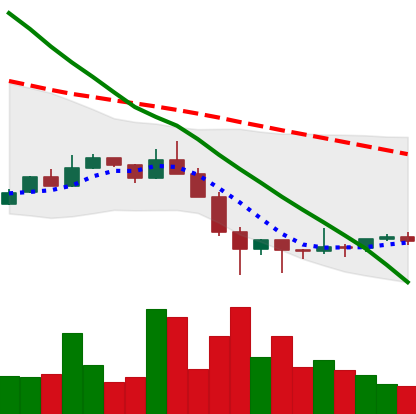
Ticker: ETC-USD
Chart end date: 2022-01-30
Forward return: 18.705%
Label: up_7plus